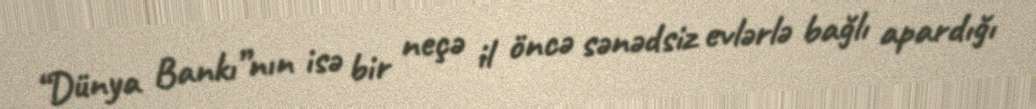
“Dünya Bankı”nın isə bir neçə il öncə sənədsiz evlərlə bağlı apardığı